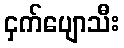
ငှက်ပျောသီး